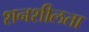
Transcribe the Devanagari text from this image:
शनशीलता